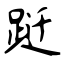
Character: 跹